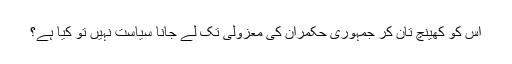
اس کو کھینچ تان کر جمہوری حکمران کی معزولی تک لے جانا سیاست نہیں تو کیا ہے؟